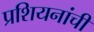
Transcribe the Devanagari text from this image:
प्रशियनांची